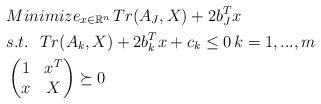
LaTeX: \begin{align*} & Minimize_{ x\in \mathbb{R}^n}\, Tr(A_J,X)+2b_J^Tx\\ &s.t.\ \ Tr(A_k,X)+2b_k^Tx+c_k\le0\,k=1,...,m\\ &\begin{pmatrix}1&x^T\\x&X\end{pmatrix}\succeq0 \end{align*}